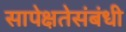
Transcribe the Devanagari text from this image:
सापेक्षतेसंबंधी